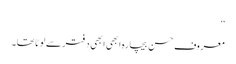
‘‘
معروف حسن بیچارہ ابھی ابھی دفتر سے لوٹا تھا۔